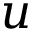
u